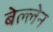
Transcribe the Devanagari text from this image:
बेल्लेन